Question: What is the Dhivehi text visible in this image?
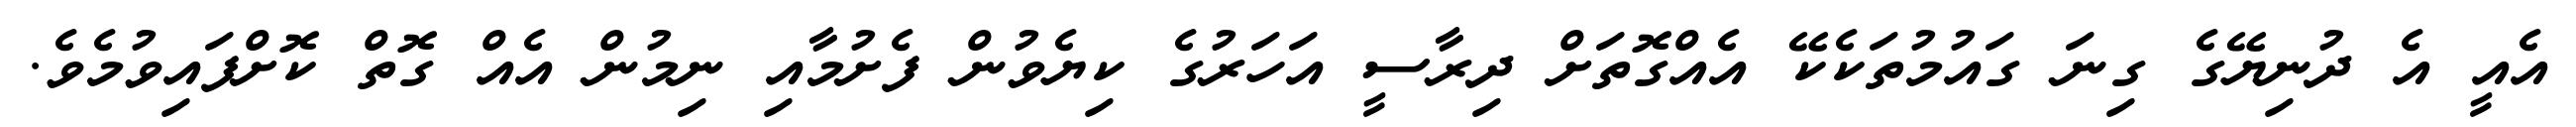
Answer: އެއީ އެ ދުނިޔޭގެ ގިނަ ގައުމުތަކެކޭ އެއްގޮތަށް ދިރާސީ އަހަރުގެ ކިޔެވުން ފެށުމާއި ނިމުން އެއް ގޮތް ކޮށްފައިވުމެވެ.